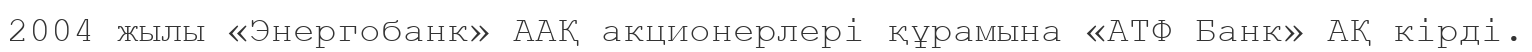
2004 жылы «Энергобанк» ААҚ акционерлері құрамына «АТФ Банк» АҚ кірді.